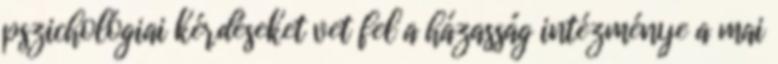
pszichológiai kérdéseket vet fel a házasság intézménye a mai